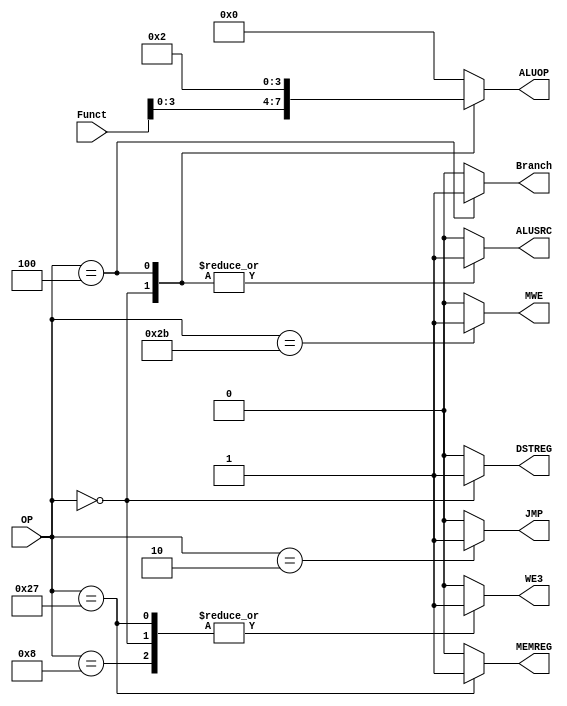
`timescale 1ns / 1ps
//////////////////////////////////////////////////////////////////////////////////
// Company: 
// Engineer: 
// 
// Design Name: 
// Module Name: CU
// Project Name: 
// Target Devices: 
// Tool Versions: 
// Description: 
// 
// Dependencies: 
// 
// Revision:
// Revision 0.01 - File Created
// Additional Comments:
// 
//////////////////////////////////////////////////////////////////////////////////


module CU(input [31:26] OP, 
          input [5:0] Funct,
          output reg [3:0] ALUOP,
          output reg WE3,DSTREG,ALUSRC,MWE,MEMREG,Branch,JMP
    );
 
localparam [5:0] OP_Rtype = 6'b000000;    
localparam [5:0] OP_LW = 6'b100111;
localparam [5:0] OP_SW = 6'b101011;
localparam [5:0] OP_BEQ = 6'b000100; 
localparam [5:0] OP_ADDI = 6'b001000;
localparam [5:0] OP_JMP = 6'b000010;  

//if DSTRG = 1 A3 = rd otherwise RT
//if ALUSRC = 1 B = RTD2 otherwise singext

always @ (*)
    case (OP)
        OP_Rtype: begin ALUOP = Funct [3:0]; WE3 = 1; DSTREG = 1; ALUSRC = 1; MWE = 0; MEMREG = 0; Branch = 0; JMP = 0; end
        OP_LW   : begin ALUOP = 4'b0000; WE3 = 1; DSTREG = 0; ALUSRC = 0; MWE = 0; MEMREG = 1; Branch = 0; JMP = 0; end 
        OP_SW   : begin ALUOP = 4'b0000; WE3 = 0; DSTREG = 0; ALUSRC = 0; MWE = 1; MEMREG = 0; Branch = 0; JMP = 0; end 
        OP_BEQ  : begin ALUOP = 4'b0010; WE3 = 0; DSTREG = 0; ALUSRC = 1; MWE = 0; MEMREG = 0; Branch = 1; JMP = 0; end 
        OP_ADDI : begin ALUOP = 4'b0000; WE3 = 1; DSTREG = 0; ALUSRC = 0; MWE = 0; MEMREG = 0; Branch = 0; JMP = 0; end 
        OP_JMP  : begin ALUOP = 4'b0000; WE3 = 0; DSTREG = 0; ALUSRC = 0; MWE = 0; MEMREG = 0; Branch = 0; JMP = 1; end 
        default : begin ALUOP = 4'b0000; WE3 = 0; DSTREG = 0; ALUSRC = 0; MWE = 0; MEMREG = 0; Branch = 0; JMP = 0; end 
    endcase        
endmodule